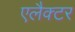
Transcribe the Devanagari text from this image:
एलैक्टर